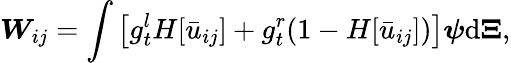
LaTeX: \boldsymbol{W}_{ij}=\int\left[g_{t}^{l}H[\bar{u}_{ij}]+g_{t}^{r}(1-H[\bar{u}_{ij}])\right]\boldsymbol{\psi}\mathrm{d}\boldsymbol{\Xi},